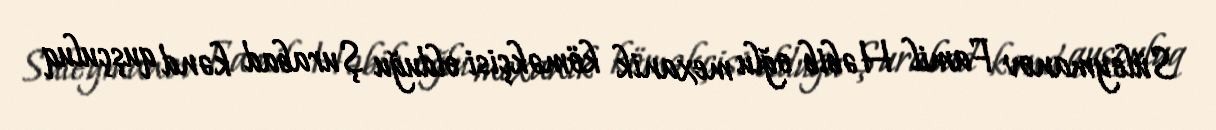
Süleymanov Famil Həbib oğlu mexanik köməkçisi olduğu Şurabad kənd quşçuluq